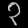
Digit: ၃